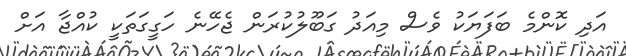
އަދި ކޮންމެ ބަފަޔަކު ވެސް މިއަދު ގަބޫލުކުރަން ޖެހޭނެ ހަގީގަތަކީ ކުއްޖާ އަށް